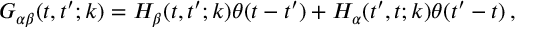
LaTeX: G _ { \alpha \beta } ( t , t ^ { \prime } ; k ) = H _ { \beta } ( t , t ^ { \prime } ; k ) \theta ( t - t ^ { \prime } ) + H _ { \alpha } ( t ^ { \prime } , t ; k ) \theta ( t ^ { \prime } - t ) \, ,